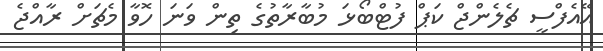
އޭއެފްސީ ޗެލެންޖް ކަޕް ފުޓްބޯޅަ މުބާރާތުގެ ތިން ވަނަ ހޮވާ މެޗަށް ރާއްޖެ